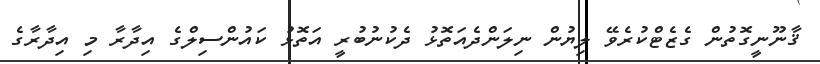
ޤާނޫނީގޮތުން ގެޒެޓްކުރެވޭ ލިޔުން ނިލަންދެއަތޮޅު ދެކުނުބުރީ އަތޮޅު ކައުންސިލްގެ އިދާރާ މި އިދާރާގެ